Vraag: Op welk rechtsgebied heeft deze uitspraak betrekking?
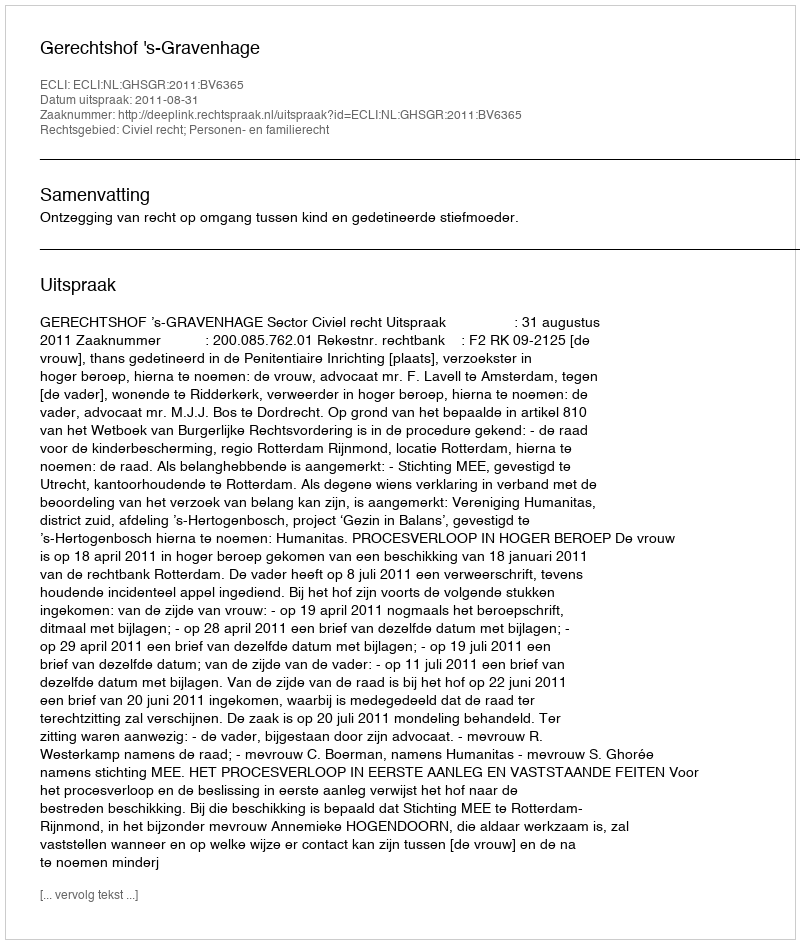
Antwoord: Civiel recht; Personen- en familierecht